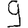
Digit: 9